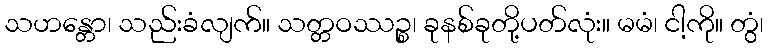
သဟန္တော၊ သည်းခံလျက်။ သတ္တဝဿဉ္စ၊ ခုနစ်ခုတို့ပတ်လုံး။ မမံ၊ ငါ့ကို။ တွံ၊